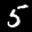
Label: 5